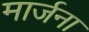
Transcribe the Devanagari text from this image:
मार्जना